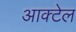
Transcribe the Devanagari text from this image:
आक्टेल